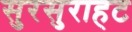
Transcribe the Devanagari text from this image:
सुरसुराहट